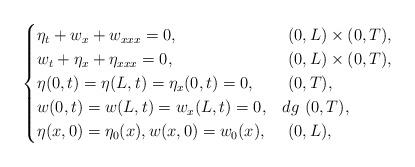
LaTeX: \begin{align*}\begin{cases}\eta_t + w_x+w_{xxx}= 0, & \,\, (0,L)\times (0,T),\\w_t +\eta_x +\eta_{xxx} =0, & \,\, (0,L)\times (0,T), \\\eta(0,t)=\eta(L,t)=\eta_{x}(0,t)=0,& \,\, (0,T), \\w(0,t)=w(L,t)=w_{x}(L,t)=0, &dg \,\, (0,T), \\\eta(x,0)= \eta_0(x), w(x,0)= w_0(x), & \,\, (0,L), \\\end{cases}\end{align*}